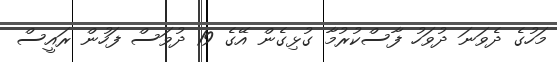
މަހުގެ ދެވަނަ ދުވަހު ފާސްކުރުމާ ގުޅިގެން އޭގެ 19 ދުވަސް ފަހުން ރައީސް